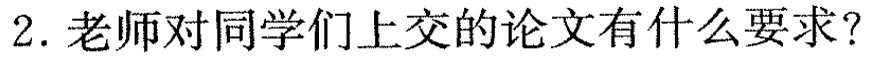
2. 老师对同学们上交的论文有什么要求?